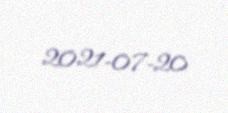
2021-07-20